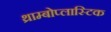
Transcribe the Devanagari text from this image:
थ्राम्बोप्लास्टिक